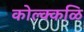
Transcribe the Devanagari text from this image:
कोल्क्कळि